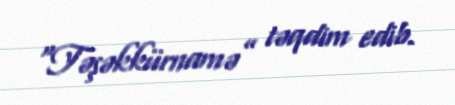
“Təşəkkürnamə” təqdim edib.